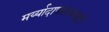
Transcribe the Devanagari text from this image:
मर्य्यादापालनासही